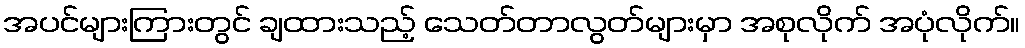
အပင်များကြားတွင် ချထားသည့် သေတ်တာလွတ်များမှာ အစုလိုက် အပုံလိုက်။